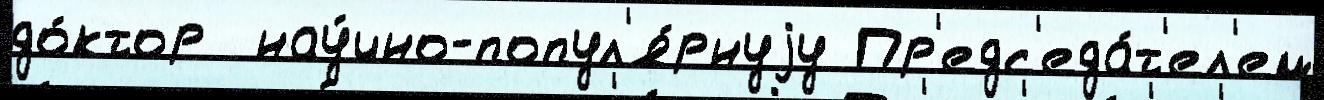
до́ктор  нау́чно-попул'я́рнуjу Пр'едс'еда́т'ел'ем